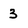
Character: 3